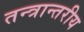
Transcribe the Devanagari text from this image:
तन्त्रान्तरीय